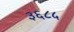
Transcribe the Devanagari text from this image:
३६८५